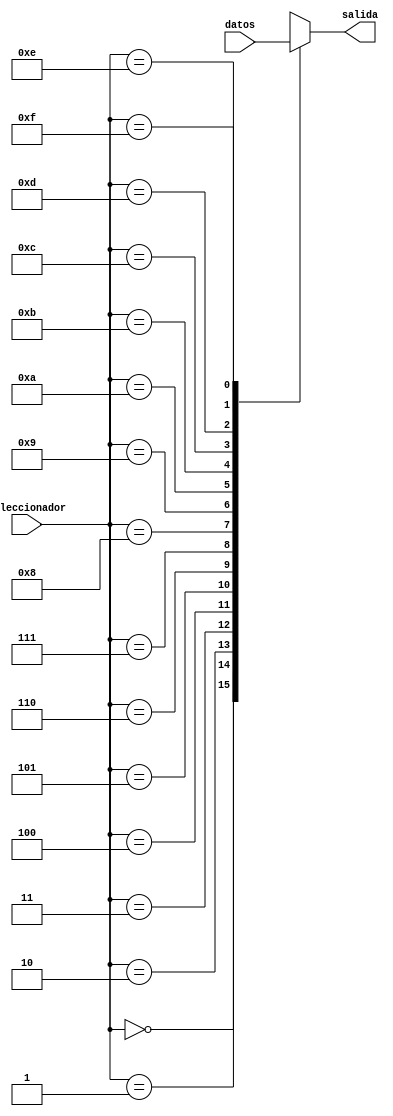
`timescale 1ns / 1ps
//////////////////////////////////////////////////////////////////////////////////
// Company: 
// Engineer: 
// 
// Design Name: 
// Module Name:    Multiplexor 
// Project Name: 
// Target Devices: 
// Tool versions: 
// Description: 
//
// Dependencies: 
//
// Revision: 
// Revision 0.01 - File Created
// Additional Comments: 
//
//////////////////////////////////////////////////////////////////////////////////
module Multiplexor(
	input wire [15:0] datos,
	input wire [3:0]seleccionador,
	output reg salida 
    );
always @(seleccionador or datos)

	begin
		case(seleccionador)

		4'd0 : salida = datos[15];
		4'd1 : salida = datos[14];
		4'd2 : salida = datos[13];
		4'd3 : salida = datos[12];
		4'd4 : salida = datos[11];
		4'd5 : salida = datos[10];
		4'd6 : salida = datos[9];
		4'd7 : salida = datos[8];
		4'd8 : salida = datos[7];
		4'd9 : salida = datos[6];
		4'd10 : salida = datos[5];
		4'd11 : salida = datos[4];
		4'd12 : salida = datos[3];
		4'd13 : salida = datos[2];
		4'd14 : salida = datos[1];
		4'd15 : salida = datos[0];

		endcase

	end 

endmodule